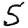
Digit: 5